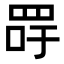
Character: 𦊯